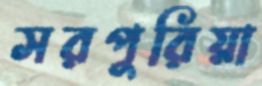
সরপুরিয়া